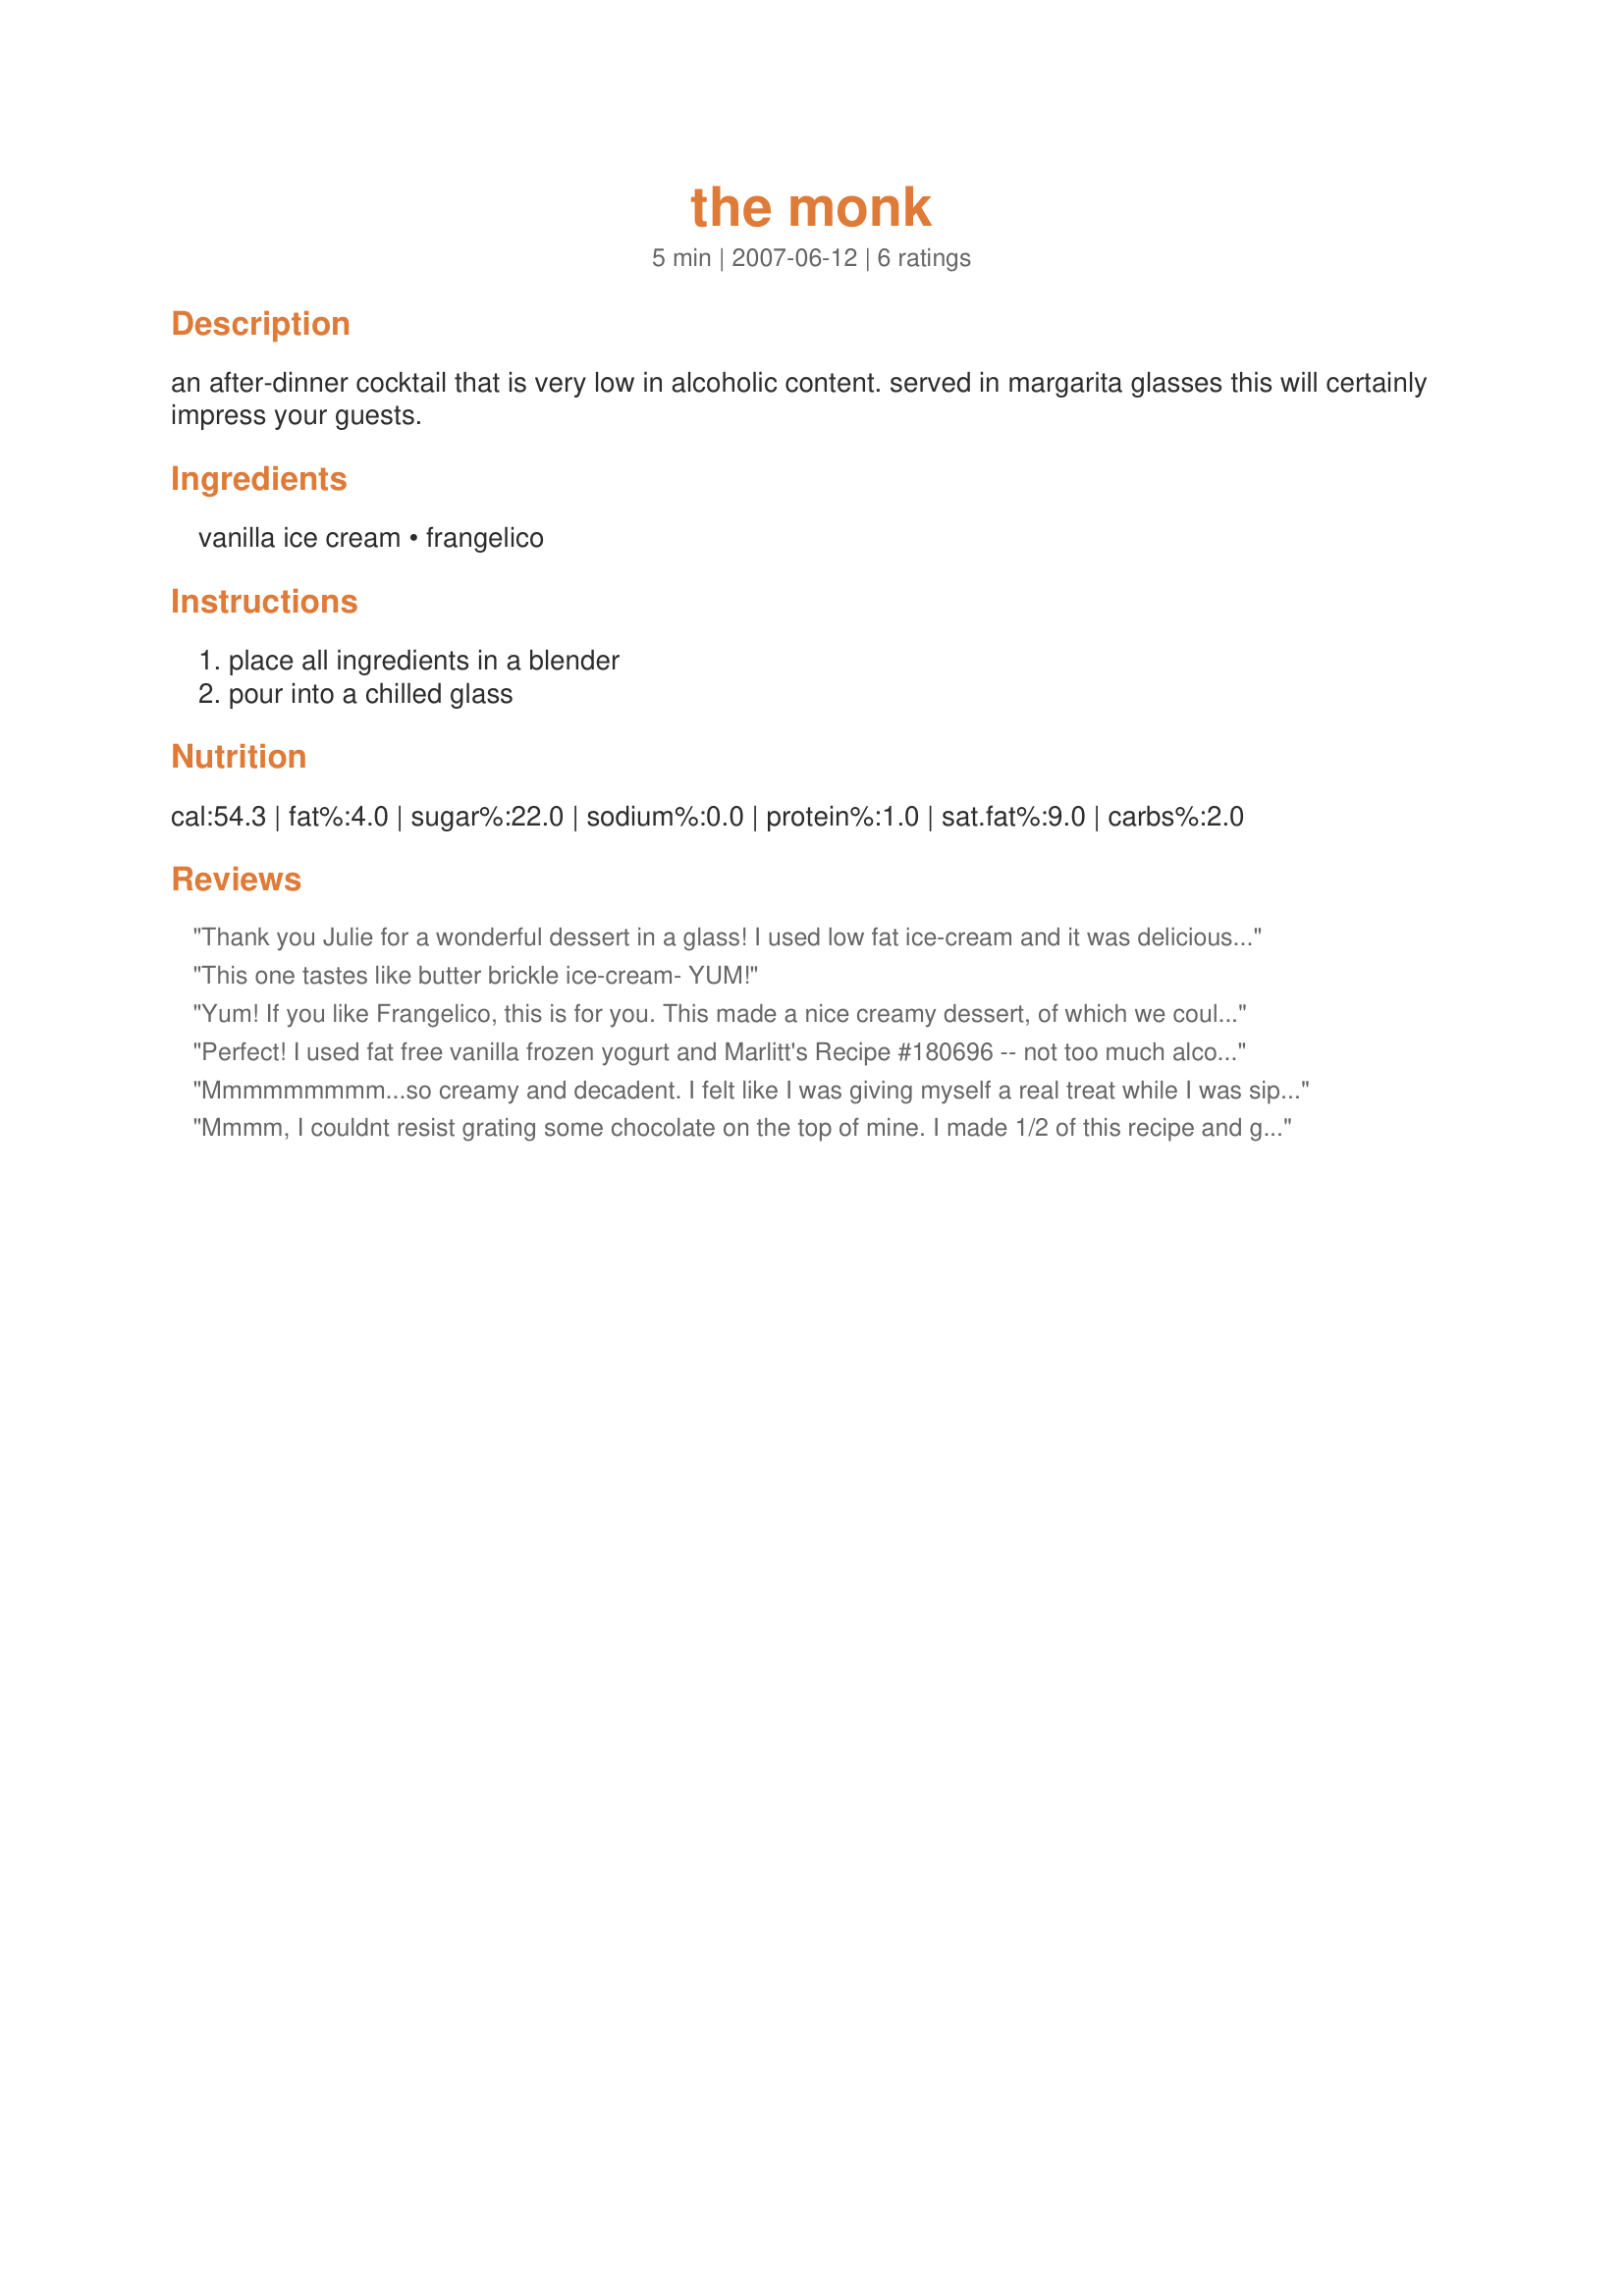
the monk
Preparation time: 5 minutes

an after-dinner cocktail that is very low in alcoholic content. served in margarita glasses this will certainly impress your guests.

Ingredients:
vanilla ice cream, frangelico

Steps:
place all ingredients in a blender, pour into a chilled glass

Reviews:
Thank you Julie for a wonderful dessert in a glass! I used low fat ice-cream and it was delicious. I will make this again for sure! (Made for Bevy Tag 09) Cheers ~V
This one tastes like butter brickle ice-cream- YUM!
Yum! If you like Frangelico, this is for you. This made a nice creamy dessert, of which we could have easily had seconds. Thanks Julie B! made for ZWT 4.
Perfect! I used fat free vanilla frozen yogurt and Marlitt's Recipe #180696 -- not too much alcohol and not even too fattening. Lovely flavor and very soothing. Thanks, Julie!
Mmmmmmmmm...so creamy and decadent. I felt like I was giving myself a real treat while I was sipping this drink. I used old-fashioned vanilla ice cream and swirled a little chocolate syrup on top of the drink. I''m definitely going to make another tomorrow night and enjoy it in front of a nice big fire. Thanks for a wonderful recipe, Julie. Made for December, 2008 Bevy Tag.
Mmmm, I couldnt resist grating some chocolate on the top of mine.
I made 1/2 of this recipe and got one full martini glass.
Creamy and oh so good :yummy:
